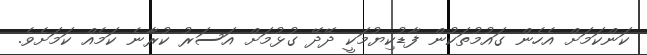
ކަންކަމަށް އެހެން ގައުމުތަކުން ފާޑުކިޔުމަކީ ދޭދޭ ގުޅުމަށް އަސަރު ކުރާނެ ކަމެއް ކަމަށެވެ.